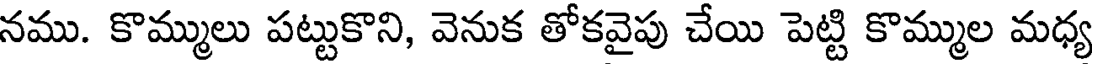
నము. కొమ్ములు పట్టుకొని, వెనుక తోకవైపు చేయి పెట్టి కొమ్ముల మధ్య